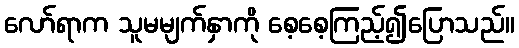
လော်ရာက သူမမျက်နှာကို စေ့စေ့ကြည့်၍ပြောသည်။